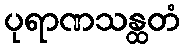
ပုရာဏသန္ထတံ